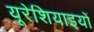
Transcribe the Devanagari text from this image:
यूरेशियाइयों